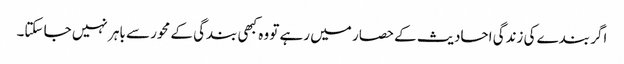
اگر بندے کی زندگی احادیث کے حصار میں رہے تو وہ کبھی بندگی کے محور سے باہر نہیں جا سکتا۔